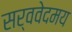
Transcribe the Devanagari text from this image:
सर्ववेदमय